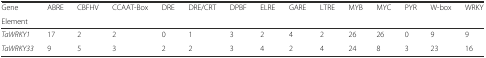
| Gene | <ROWSPAN=2> ABRE | <ROWSPAN=2> CBFHV | <ROWSPAN=2> CCAAT-Box | <ROWSPAN=2> DRE | <ROWSPAN=2> DRE/CRT | <ROWSPAN=2> DPBF | <ROWSPAN=2> ELRE | <ROWSPAN=2> GARE | <ROWSPAN=2> LTRE | <ROWSPAN=2> MYB | <ROWSPAN=2> MYC | <ROWSPAN=2> PYR | <ROWSPAN=2> W-box | <ROWSPAN=2> WRKY |
 | Element |
 | --- | --- | --- | --- | --- | --- | --- | --- | --- | --- | --- | --- | --- | --- | --- |
 | TaWRKY1 | 17 | 2 | 2 | 0 | 1 | 3 | 2 | 4 | 2 | 26 | 26 | 0 | 9 | 9 |
 | TaWRKY33 | 9 | 5 | 3 | 2 | 2 | 3 | 4 | 2 | 4 | 24 | 8 | 3 | 23 | 16 |